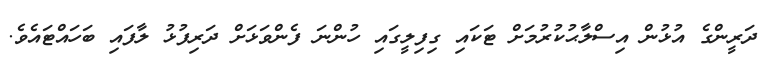
ދަރީންގެ އުޅުން އިސްލާޙުކުރުމަށް ޓަކައި ގިފިލީގައި ހުންނަ ފެންވަޅަށް ދަރިފުޅު ލާފައި ބަހައްޓައެވެ.